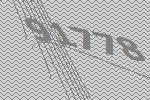
91778